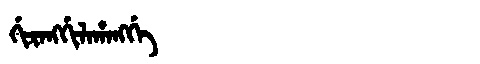
Manchu: ᡤᡳᡵᠠᠩᡤᡳᠯᠠᡥᠠᠩᡤᡝ
Romanization: GIRANGGILAHANGGE